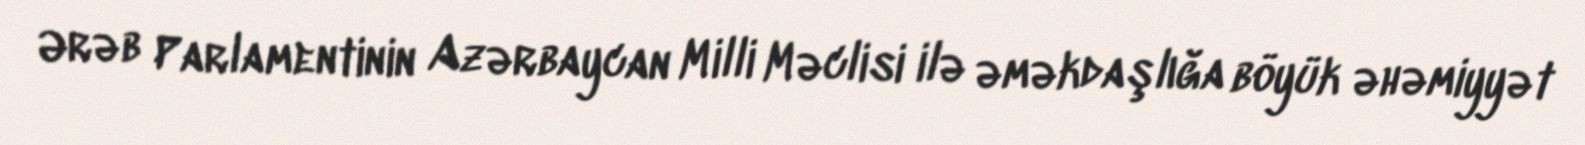
Ərəb Parlamentinin Azərbaycan Milli Məclisi ilə əməkdaşlığa böyük əhəmiyyət